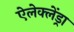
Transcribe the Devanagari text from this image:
ऐलेक्लेंड्रा